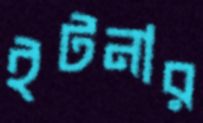
ইটনার